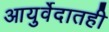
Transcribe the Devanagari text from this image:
आयुर्वेदातही